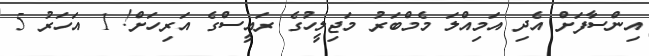
އިންސާފަށް އެދި އަމިއްލަ މެމްބަރު މަޖިލީހުގެ ރައީސްގެ އަރިހަށް! 1 އަހަރު 5